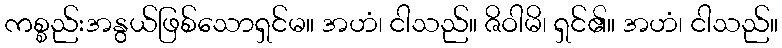
ကစ္စည်းအနွယ်ဖြစ်သောရှင်မ။ အဟံ၊ ငါသည်။ ဇိဝါမိ၊ ရှင်၏။ အဟံ၊ ငါသည်။